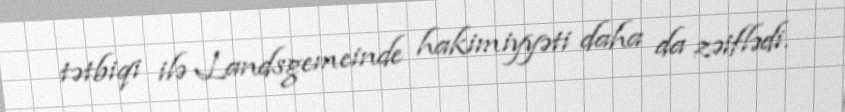
tətbiqi ilə Landsgemeinde hakimiyyəti daha da zəiflədi.